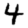
Digit: 4